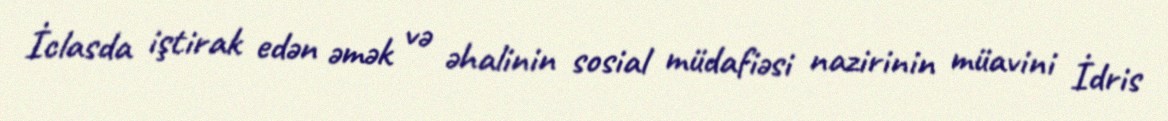
İclasda iştirak edən əmək və əhalinin sosial müdafiəsi nazirinin müavini İdris